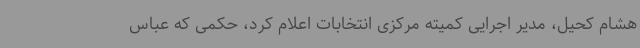
هشام کحیل، مدیر اجرایی کمیته مرکزی انتخابات اعلام کرد، حکمی که عباس